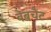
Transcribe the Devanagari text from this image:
वेबचैट